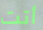
أتت